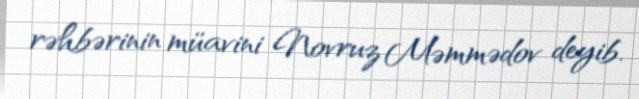
rəhbərinin müavini Novruz Məmmədov deyib.